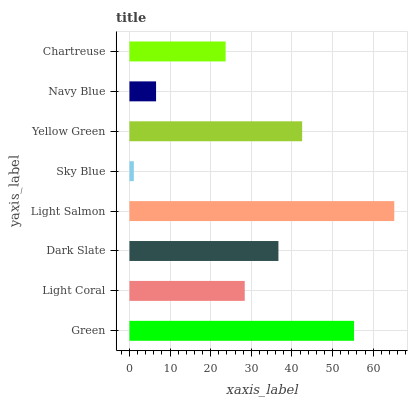
| yaxis_label | bars |
 | --- | --- |
 | Green | 55.3 |
 | Light Coral | 28.4 |
 | Dark Slate | 36.7 |
 | Light Salmon | 65.2 |
 | Sky Blue | 1.08 |
 | Yellow Green | 42.5 |
 | Navy Blue | 6.56 |
 | Chartreuse | 23.7 |